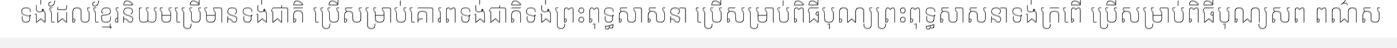
ទង់ដែលខ្មែរនិយមប្រើមានទង់ជាតិ ប្រើសម្រាប់គោរពទង់ជាតិទង់ព្រះពុទ្ធសាសនា ប្រើសម្រាប់ពិធីបុណ្យព្រះពុទ្ធសាសនាទង់ក្រពើ ប្រើសម្រាប់ពិធីបុណ្យសព ពណ៌ស